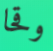
وقحا